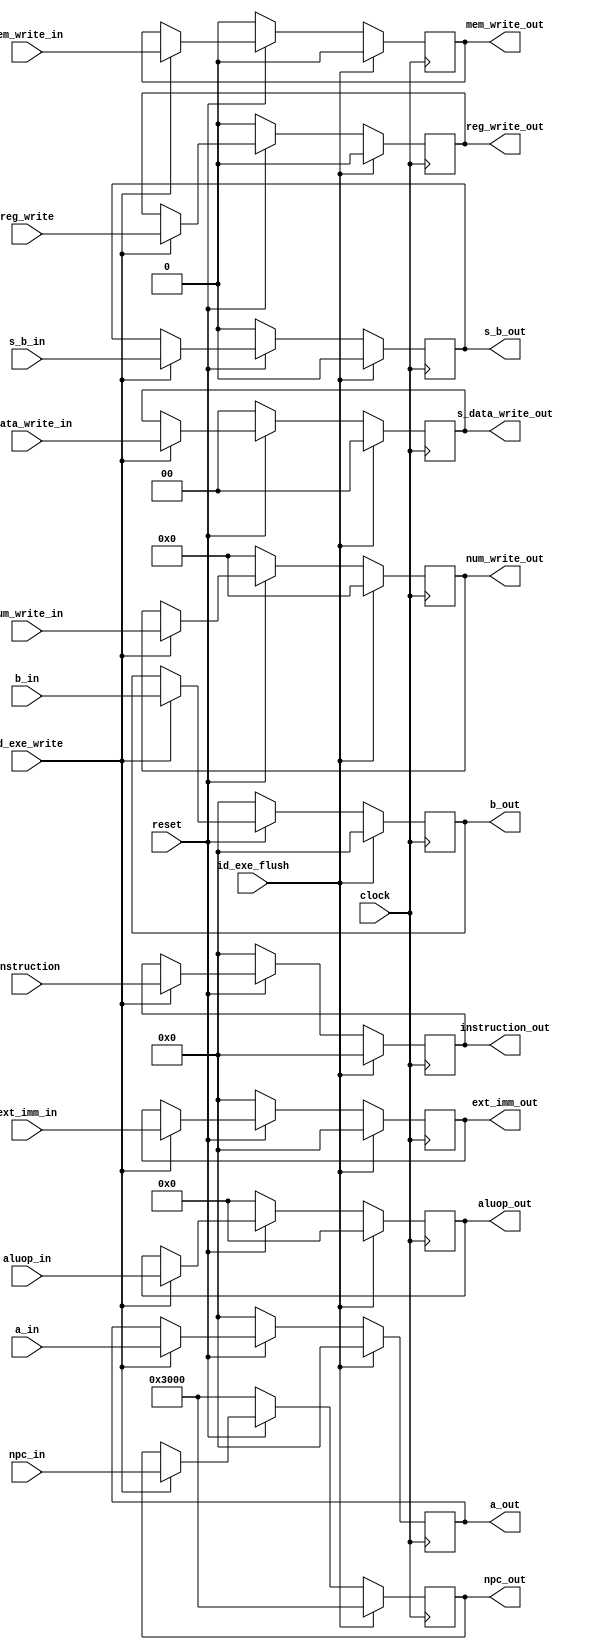
/*

if_idinstructionpc+4
(ctrl)

*/
module id_exe(
			 //
			 input [31:0] npc_in,
			 output reg [31:0] npc_out,
			 //output [1:0] s_npc,npcpc+4
			 input [31:0] a_in,
			 output reg [31:0] a_out,
			 input [31:0] b_in,
			 output reg [31:0] b_out,
			 input [31:0] ext_imm_in,
			 output reg [31:0] ext_imm_out,
			 input [4:0] num_write_in,
			 output reg [4:0] num_write_out,
			 //
			 input [1:0] s_data_write_in,
			 output reg [1:0] s_data_write_out,
			 input s_b_in,
			 output reg s_b_out,
			 input [3:0] aluop_in,
			 output reg [3:0] aluop_out,
			 input mem_write_in,
			 output reg mem_write_out,
			 input reg_write,
			 output reg reg_write_out,
			 input [31:0] instruction,
			 output reg [31:0] instruction_out,
			 input clock,
			 input reset,//
			 input id_exe_write,//id_exe
			 input id_exe_flush//check 
			 );

always@(posedge clock)
begin
	if(id_exe_flush)
	begin 
		npc_out <= 32'h0000_3000;
		a_out <= 32'h0000_0000;
		b_out <= 32'h0000_0000;
		ext_imm_out <= 32'h0000_0000;
		num_write_out <= 5'b00000;
		s_data_write_out <= 2'b00;
		s_b_out <= 2'b00;
		aluop_out <= 4'b0000;
		mem_write_out <= 1'b0;
		reg_write_out <= 1'b0;
		instruction_out <= 32'h0000_0000;
	end
	else if(!reset)
	begin
		npc_out <= 32'h0000_3000;
		a_out <= 32'h0000_0000;
		b_out <= 32'h0000_0000;
		ext_imm_out <= 32'h0000_0000;
		num_write_out <= 5'b00000;
		s_data_write_out <= 2'b00;
		s_b_out <= 2'b00;
		aluop_out <= 4'b0000;
		mem_write_out <= 1'b0;
		reg_write_out <= 1'b0;
		instruction_out <= 32'h0000_0000;
	end
	else 
	begin
	if(id_exe_write)
	begin
		npc_out <= npc_in;
		a_out <= a_in;
		b_out <= b_in;
		ext_imm_out <= ext_imm_in;
		num_write_out <= num_write_in;
		s_data_write_out <= s_data_write_in;
		s_b_out <= s_b_in;
		aluop_out <= aluop_in;
		mem_write_out <= mem_write_in;
		reg_write_out <= reg_write;
		instruction_out <= instruction;
	end
	end
end

endmodule